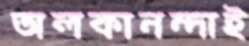
অলকানন্দাই